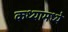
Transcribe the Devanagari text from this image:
कथ्यामध्ये